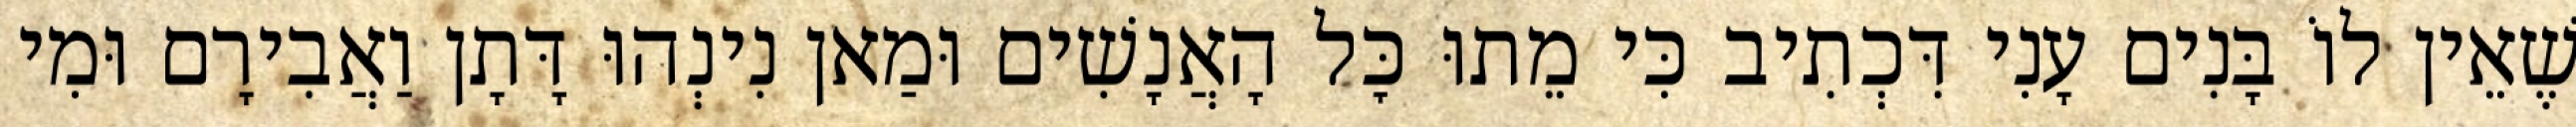
שֶׁאֵין לוֹ בָּנִים עָנִי דִּכְתִיב כִּי מֵתוּ כׇּל הָאֲנָשִׁים וּמַאן נִינְהוּ דָּתָן וַאֲבִירָם וּמִי